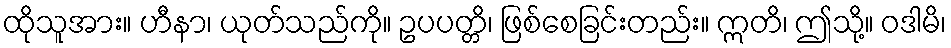
ထိုသူအား။ ဟီနာ၊ ယုတ်သည်ကို။ ဥပပတ္တိ၊ ဖြစ်စေခြင်းတည်း။ ဣတိ၊ ဤသို့။ ဝဒါမိ၊